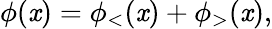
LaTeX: \phi(\mathit{x})=\phi_{<}(\mathit{x})+\phi_{>}(\mathit{x}),